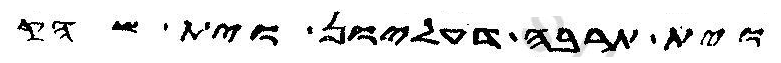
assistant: וית תרבה דעליון וית שהק